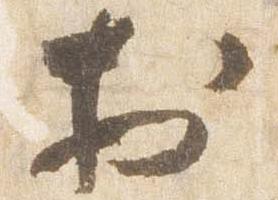
於